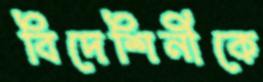
বিদেশিনীকে